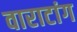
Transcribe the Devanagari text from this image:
वाराटांग